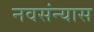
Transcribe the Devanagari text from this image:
नवसंन्यास